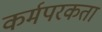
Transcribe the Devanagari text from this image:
कर्मपरकता